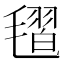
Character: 𣯥